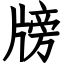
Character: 牓